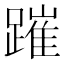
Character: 𨄍